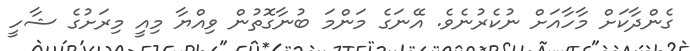
ގެންދާކަށް މާހާއަށް ނުކެރުނެވެ. އޭނަގެ މަންމަ ބުނާގޮތުން ވިއްޔާ މިއީ މިރަށުގެ ޝާހީ